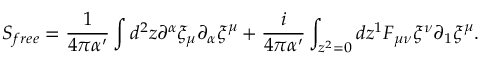
S _ { f r e e } = \frac { 1 } { 4 \pi \alpha ^ { \prime } } \int d ^ { 2 } z \partial ^ { \alpha } \xi _ { \mu } \partial _ { \alpha } \xi ^ { \mu } + \frac { i } { 4 \pi \alpha ^ { \prime } } \int _ { z ^ { 2 } = 0 } d z ^ { 1 } F _ { \mu \nu } \xi ^ { \nu } \partial _ { 1 } \xi ^ { \mu } .